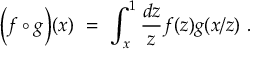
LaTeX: \Bigl ( f \circ g \Bigr ) ( x ) \ = \ \int _ { x } ^ { 1 } { \frac { d z } { z } } f ( z ) g ( x / z ) \ .